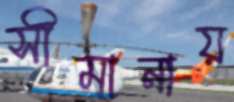
সীমানায়